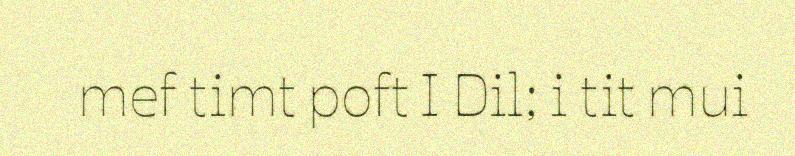
mef timt poft I Dil; i tit mui